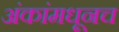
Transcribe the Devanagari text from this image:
अंकांमधूनच